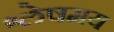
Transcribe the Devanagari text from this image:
श्लेषमय